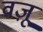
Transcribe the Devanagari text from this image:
वज़ू